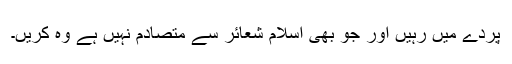
پردے میں رہیں اور جو بھی اسلام شعائر سے متصادم نہیں ہے وہ کریں۔